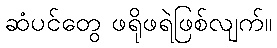
ဆံပင်တွေ ဖရိုဖရဲဖြစ်လျက်။